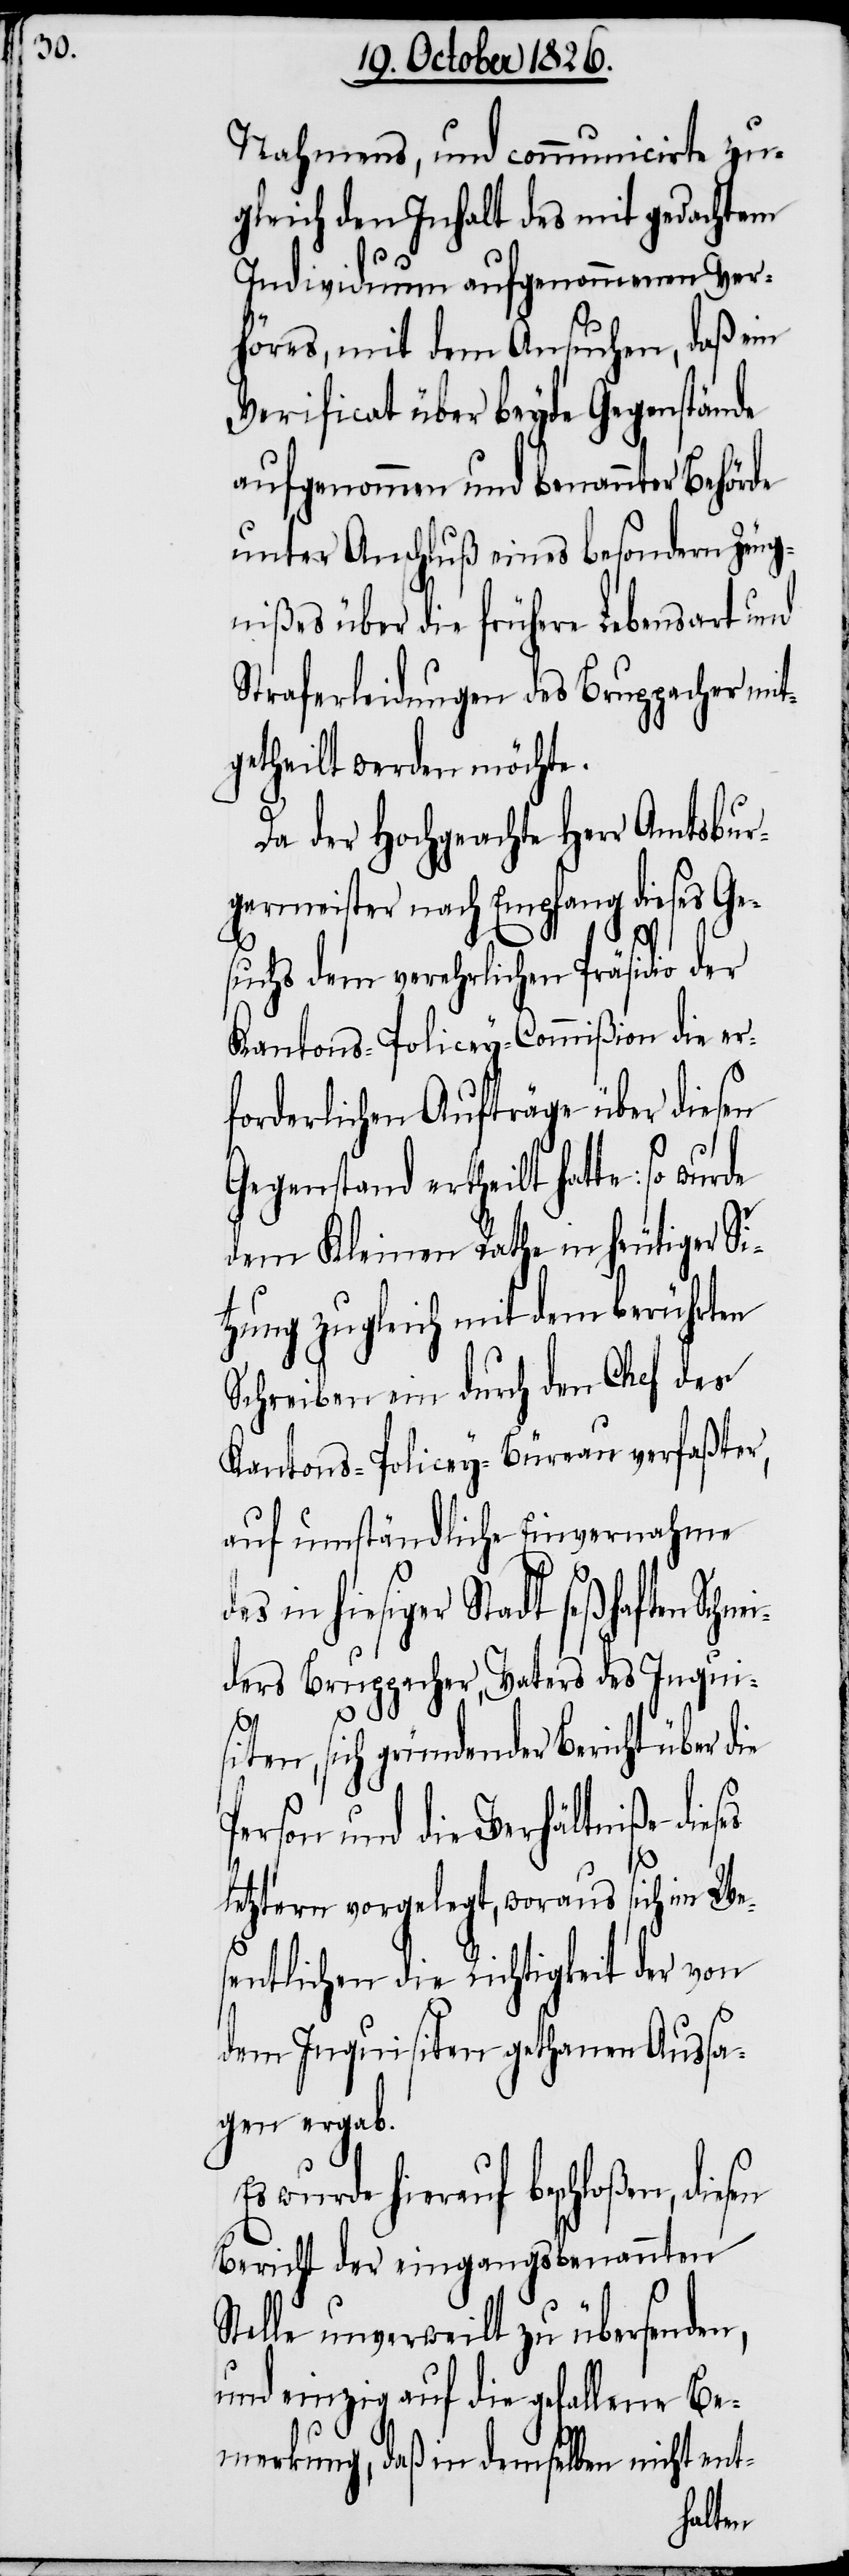
nei¬

Nahmens, und communicierte zu¬
gleich den Inhalt des mit gedachtem
Individuum aufgenommenen Ver¬
höres, mit dem Ansuchen, daß ein
Verificat über beyde Gegenstände
aufgenommen und benannter Behörde
unter Anschluß eines besondern Zeug¬
nißes über die frühere Lebensart und
Straferleidungen des Bruppacher mit¬
getheilt werden möchte.
Da der Hochgeachte Herr Amtsbur¬
germeister nach Empfang dieses Ge¬
suchs dem verehrlichen Präsidio der
Kantons-Policey-Commißion die er¬
forderlichen Aufträge über diesen
Gegenstand ertheilt hatte: so wurde
dem Kleinen Rathe in heutiger Si¬
tzung zugleich mit dem berührten
Schreiben ein durch den Chef des
Kantons-Policey-Büreau verfaßter,
auf umständliche Einvernahme
in hiesiger Stadt seßhaften Sch¬
ders Bruppacher, Vaters des Inqui¬
en
siten, sich gründender Bericht über die
Person und die Verhältniße die¬
letztern vorgelegt, woraus sich im We¬
sentlichen die Richtigkeit der von
dem Inquisiten gethanen Aussa¬
gen ergab.
wurde hierauf beschloßen, dies¬
Bericht der eingangs benannten
Stelle unverweilt zu übersenden,
und einzig auf die gefallene Be¬
merkung, daß in demselben nicht ent-